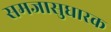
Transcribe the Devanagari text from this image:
समजासुधारक